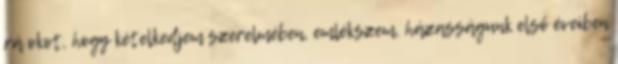
rá okot, hogy kételkedjem szerelmében, emlékszem, házasságunk első éveiben